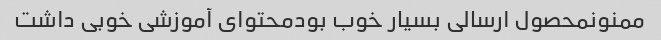
ممنونمحصول ارسالی بسیار خوب بودمحتوای آموزشی خوبی داشت